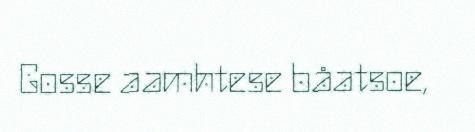
Gosse aamhtese båatsoe,